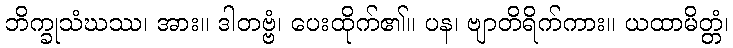
ဘိက္ခုသံဃဿ၊ အား။ ဒါတဗ္ဗံ၊ ပေးထိုက်၏။ ပန၊ ဗျာတိရိက်ကား။ ယထာမိတ္တံ၊